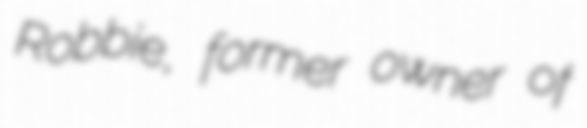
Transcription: Robbie, former owner of